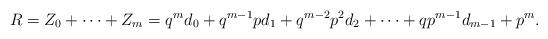
LaTeX: \begin{align*}R=Z_{0}+\cdots+Z_{m}=q^{m}d_{0}+q^{m-1}pd_{1}+q^{m-2}p^{2}d_{2}+\cdots+qp^{m-1}d_{m-1}+p^{m}.\end{align*}